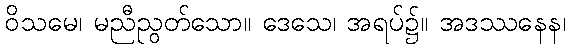
ဝိသမေ၊ မညီညွတ်သော။ ဒေသေ၊ အရပ်၌။ အဒဿနေန၊